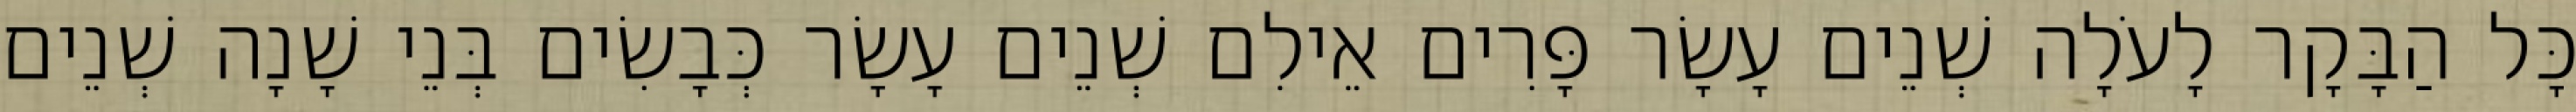
כָּל הַבָּקָר לָעֹלָה שְׁנֵים עָשָׂר פָּרִים אֵילִם שְׁנֵים עָשָׂר כְּבָשִׂים בְּנֵי שָׁנָה שְׁנֵים